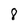
Character: 8